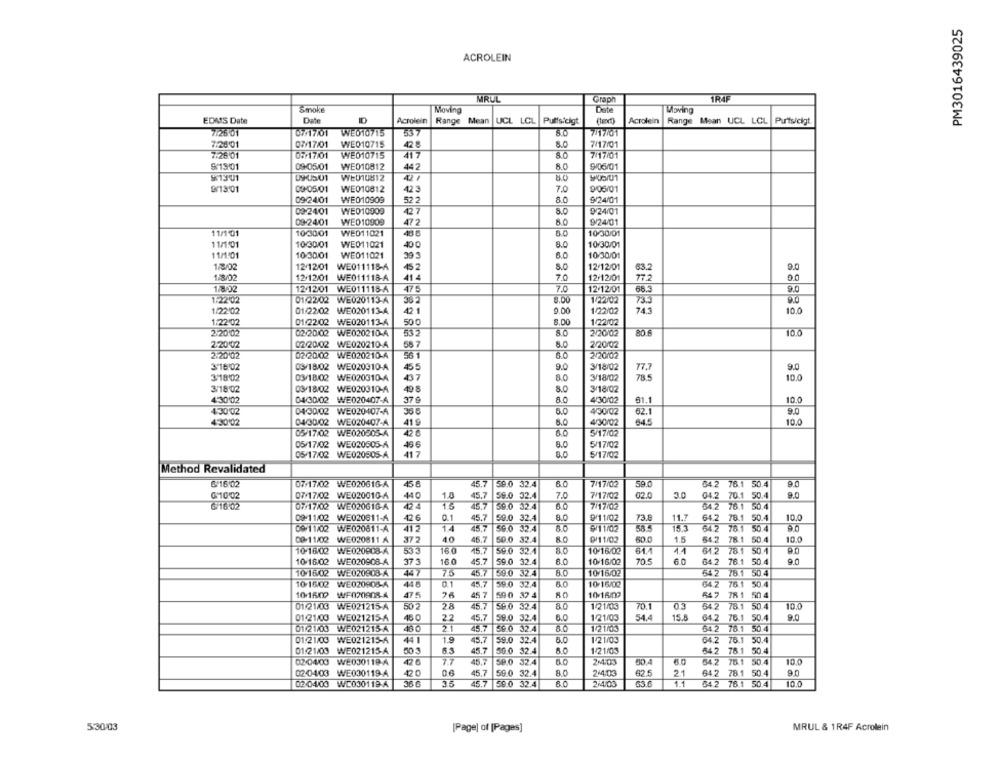
PM3016439025
ACROLEIN
MRUL
Graph
1R4F
Smoke
Moving
Date
Moving
EDAS Date
Dat
Acrolein
Range Mean UCL LCL
Puffs cigt
Acrolein
Range Mean UCL LCL
Puts/cigt
7.26.01
07/17/01
WE010715
53 7
8.0
7/17/01
7/26/01
07/17/01
WE010715
8.0
7/17/01
428
7.26:01
07/17/01
WE010715
417
7/17/01
$19/01
09/05/01
WE010812
442
8.0
9/06/01
51301
WEU10812
8.0
9/13/01
09/05/01
WE010812
42 3
7.0
9/05/01
09/2401
WE010909
52.2
8.0
9/24/01
09-2401
WE010909
427
8.0
9/24/01
09-24/01
472
WED10909
8.0
9/24/01
11/1 01
10-30/01
WE011021
485
10/30/01
11/1/01
10/30/01
WE011021
40 0
8.0
10/30/01
11/1101
10/30/01
WE011021
39 3
6.0
10/30/01
1/8/02
12/12/01
WE011118-4
45 2
12/12/01
9.0
63.2
1/8/02
12/12/01
WE011118-A
41 4
70
12/12/01
772
0.0
1/8/02
12/12/01
WE011118-A
475
70
12/12/01
66.5
1.22:02
01/22/02
WE020113-A
36 2
1/22/02
1/22/02
01/22/02
WE020113-A
42 1
9.00
1/22/02
74.3
10.0
1/22/02
01/22/02 WE020113-4
50 0
8.00
1/22/02
2.20 02
02/20/02 WE020210-A
532
80
2/20/02
80.6
10.0
58.7
8.0
2.2002
02/20/02 WE020210-A
2/20/02
2.20 02
02/20102 WE020210-A
56 1
60
2/20/02
3'16:02
03/18/02 WE020310-A
9.0
3/18/02
9.0
455
3'18'02
03/18/02 WE020310-4
8.0
3/18/02
10.0
3/1802
03/18/02 WE020310-A
49 8
8.0
3/18/02
22
4:30'02
04/30/02
WE020407-A
37 9
8.0
4/30/02
61.1
10.0
430'02
04/30/02 WE020407-A
36.8
6.0
4/30/02
62.1
9.0
43002
04/30/02
WE020407-A
41 9
8.0
4/30/02
64.5
10.0
05/17/02 WE020305-A
4.0
5/17/02
05/17/02 WE020505-A
46.6
8.0
5/17/02
05-17/02 WE020505-A
41 7
8.0
5/17/02
Method Revalidated
316:02
07/17/02 WE020616-A
59.0 32.4
7/17/02
59.0
84.2 76.1 50.4
$10.02
07/17/02 WE020010-A
440
1.0
45.7
59.0 32.4
7.0
7/17/02
02.0
3.0
04.2 70.1 50.4
9.0
616:02
07/17/02 WE020G16-A
15
45.7
59.0 32.4
6.0
7/17/02
54.2 76.1 50.4
09/11/02 WE020611-A
426
0.1
45.7
59.0 32.4
8.0
9/11/02
73.8
11.7
64.2 78.1 50.4
10.0
09/11/02 WE020611-A
412
1.4
45.7
59.0 32.4
₩/11/02
64.2 78.1 50.4
09-11/02 WE020811 A
37 2
40
45.7
50.0 32.4
DI11/02
50.0
1.5
64.2 78.1 50.4
533
160
45.7
61.4
10-16/02 WE020808-A
59.0 32.4
10-16/02
11
64.2 78.1 50.1
10/16/02 WE020908-A
375
160
45.7
59.0 32.4
10/16/02
70.5
60
64.2 78.1 50.4
9.0
80
10/16/02 WE020808-A
447
75
45.7
59.0 32.4
10/16/02
64.2 78.1 50.4
10-16/02 WE020806-A
01
45.7
59.0 32.4
10-16/02
64.2 76.1 50.4
10/1RXD
475
45 7
590 37 4
10/15/02
647 781 504
01/21/03 WE021215-A
28
45.7
59.0 32.4
1/21/03
70.1
64.2 78.1 50.4
100
01-21/03 WE021215-A
46 0
22
45.7
59.0 32.4
6.0
1 21/03
54.4
15.5
64.2 76.1 50.4
9.0
01/21/03
WE021215-A
21
59.0 32.4
8.0
1/21/03
54.2 78.1 50.4
01:2 1/03 WE021215-A
44 1
1.9
45.7
59.0 32.4
8.0
1/2 1/03
64.2 75.1 50.4
01/21/00 WE021215-A
503
45.7
59.0 32.4
1/21/03
64.2 76.1 50.4
02-04/03
WE030119-A
42 6
7.7
45.
59.0 32.4
2.4:03
80.4
60
54.2 76.1 50.4
10.0
02/04/03
WE030119-A
06
45.7
59.0 32.4
80
2 4:03
62.5
21
64.2 78.1 50.4
9.0
02/04/03 WE030119-A
38 6
35
45.7
59.0 32.4
6.0
2 4:03
63.0
1.1
54.2 78.1 50.4
10.0
5:30/03
[Page] of [Pages]
MRUL & 1R4F Acrolein